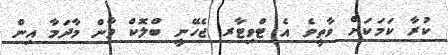
ކުރާ ކަމަކަށް ވާތީވެ އެ ޓްވިޓާރ ޖެހޭނީ ބްލޮކް ވާން މާދަމާ އިން